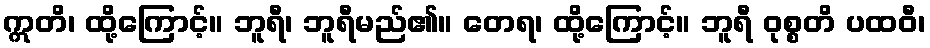
ဣတိ၊ ထို့ကြောင့်။ ဘူရီ၊ ဘူရီမည်၏။ တေရ၊ ထို့ကြောင့်။ ဘူရီ ဝုစ္စတိ ပထဝီ၊